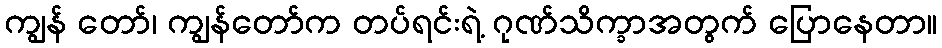
ကျွန် တော်၊ ကျွန်တော်က တပ်ရင်းရဲ့ ဂုဏ်သိက္ခာအတွက် ပြောနေတာ။